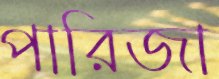
পারিজা